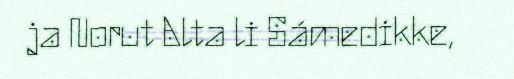
ja Norut Alta li Sámedikke,